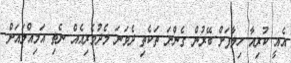
އެއީ ކުރިއާ ހިލާފަށް ބޭރުން ގެންނަ ތަކެތި ދެވަނަ މެދުވެރިއެއް ނެތި އަމިއްލައަށް